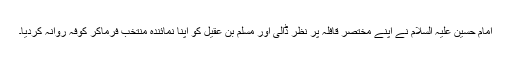
امام حسین علیہ السلام نے اپنے مختصر قافلہ پر نظر ڈالی اور مسلم بن عقیل کو اپنا نمائندہ منتخب فرماکر کوفہ روانہ کردیا۔